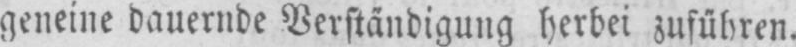
gen eine dauernde Verständigung herbei zuführen.